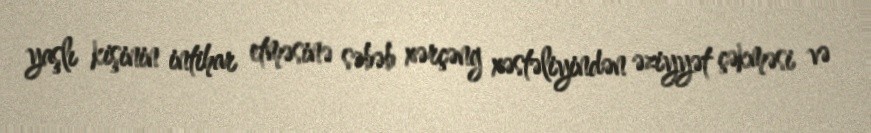
yaşlı kişinin intihar etməsinə səbəb xərçəng xəstəliyindən əziyyət çəkməsi və